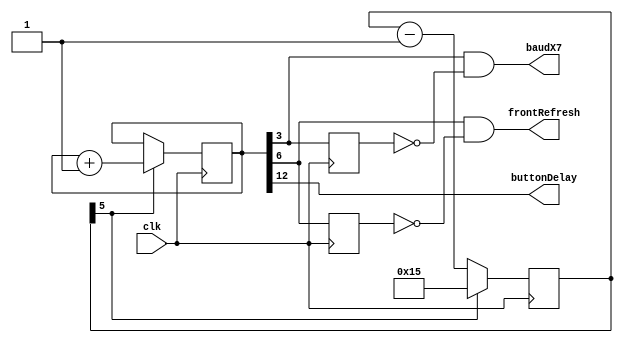
//
// UART.v - for the PDP-8 in Verilog project
//
// github.com/SmallRoomLabs/PDP8-Verilog
// Mats Engstrom - mats.engstrom@gmail.com
//
// ClockGen | 0 | 1 | 0 | 3
//

`default_nettype none

module ClockGen (
  input clk,
  output baudX7,
  output frontRefresh,
  output buttonDelay
);

// Predivide 25Mhz with 23 to 1086956.52 Hz
// Using a x7 oversample clock:
//  []         /1                              0.92 us
//  [0]        /2                              1.84 us
//  [1]        /4  = 38400 baud 271.74 KHz     3.68 us
//  [2]        /8  = 19200 baud 135,87 KHz     7.36 us
//  [3]        /16 = 9600 baud   67.93 KHz    14.72 us
//  [4]        /32 = 4800 baud   33.97 KHz    29.44 us
//  [5]        /64 = 2400 baud   16 98 KHz    58.88 us
//  [6]       /128 = 1200 baud    8.49 KHz   117.76 us
//  [7]       /256 = 600 baud     4.25 KHz   235.52 us
//  [8]       /512 = 300 baud     2.12 KHz   471.04 us
//  [9]      /1024 = 150 baud     1.06 KHz   942.08 us
// [10]      /2048 =  75 baud   530.74 Hz      1.88 ms
// [11]      /4096 =            265.37 Hz      3.76 ms
// [12]      /8192 =            132.69 Hz      7.53 ms
// [13]     /16384 =             66.34 Hz     15.07 ms
// [14]     /32768 =             33.17 Hz     30.14 ms
// [15]     /65536 =             16.59 Hz     60.29 ms
// [16]    /131072 =                         120.58 ms


`ifdef IVERILOG
  parameter BAUDTAP=0;
`else
  parameter BAUDTAP=3;
`endif

reg [5:0] preDiv=0;
parameter PREDIVTOP=23;
reg [16:0] counter=0;
reg lastX7=0;
reg lastFrontRefresh=0;

always @(posedge clk) begin
  preDiv <= preDiv - 1;
  if (preDiv[5]==1) begin
    preDiv <= PREDIVTOP - 2;
    counter <= counter + 1;
  end
  lastX7<=counter[BAUDTAP];
  lastFrontRefresh<=counter[6];
end

assign baudX7=counter[BAUDTAP] & ~lastX7;             // 9600 baud
assign frontRefresh=counter[6] & ~lastFrontRefresh;   // 8.49 KHz
assign buttonDelay=counter[12];   // 7.53 ms

endmodule